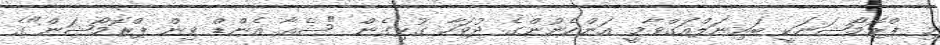
މި ޕްރޮމޯޝަނަކީ ބައިނަލްއަގްވާމީ އަންހެނުންގެ ދުވަހާ ގުޅިގެން "ޝެއާ އެންޑް ވިން ޕްރޮމޯޝަން"ގެ